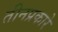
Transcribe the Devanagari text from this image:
तीनप्रकारे